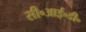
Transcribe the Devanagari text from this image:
सी॰आई॰डी॰